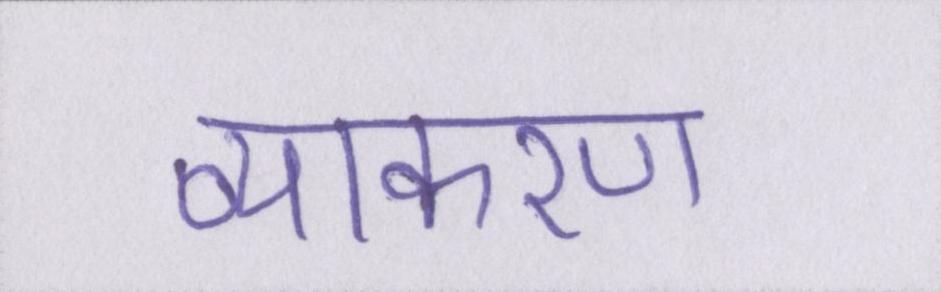
व्याकरण